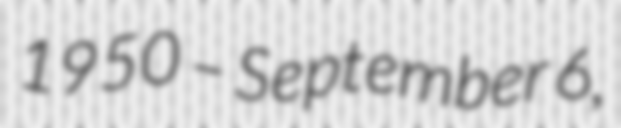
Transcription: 1950 – September 6,